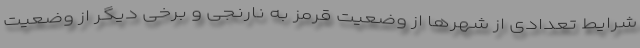
شرایط تعدادی از شهر‌ها از وضعیت قرمز به نارنجی و برخی دیگر از وضعیت